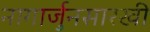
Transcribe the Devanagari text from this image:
नागार्जुनसारखी